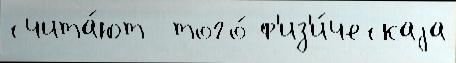
счита́ют  того́ ф'из'и́ческаjа